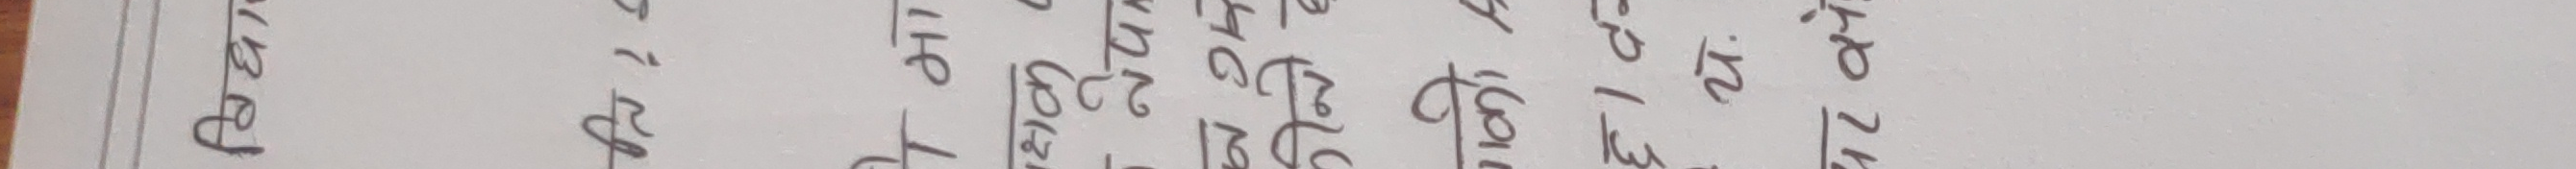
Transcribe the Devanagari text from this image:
प्रस्तर १७ ४५ ६७ ५ १२ ३
१ अब २०७ ६७ १६७ १० १८ १०
२४ १२ ४७ १ ५ ४
२४ २ २४ ३ १२ ७